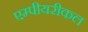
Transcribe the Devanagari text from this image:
एम्पीयरीकल